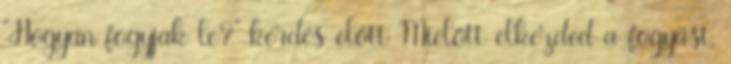
"Hogyan fogyjak le?" kérdés előtt Mielőtt elkezded a fogyást,